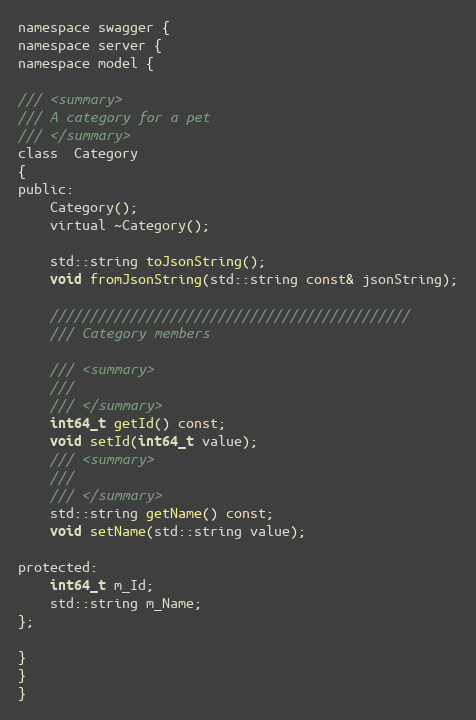
Language: C
namespace swagger {
namespace server {
namespace model {

/// <summary>
/// A category for a pet
/// </summary>
class  Category
{
public:
    Category();
    virtual ~Category();

    std::string toJsonString();
    void fromJsonString(std::string const& jsonString);

    /////////////////////////////////////////////
    /// Category members

    /// <summary>
    ///
    /// </summary>
    int64_t getId() const;
    void setId(int64_t value);
    /// <summary>
    ///
    /// </summary>
    std::string getName() const;
    void setName(std::string value);

protected:
    int64_t m_Id;
    std::string m_Name;
};

}
}
}